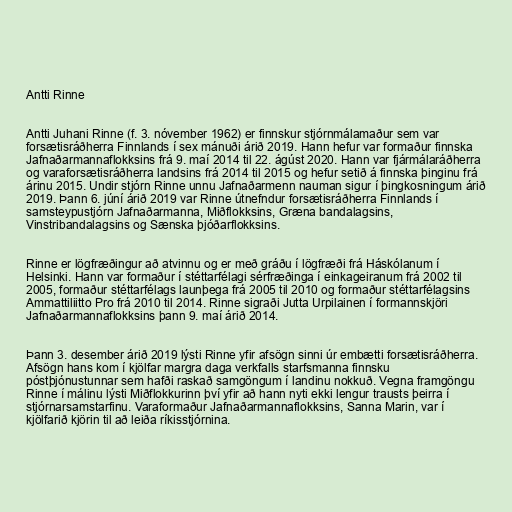
Antti Rinne

Antti Juhani Rinne (f. 3. nóvember 1962) er finnskur stjórnmálamaður sem var
forsætisráðherra Finnlands í sex mánuði árið 2019. Hann hefur var formaður finnska
Jafnaðarmannaflokksins frá 9. maí 2014 til 22. ágúst 2020. Hann var fjármálaráðherra
og varaforsætisráðherra landsins frá 2014 til 2015 og hefur setið á finnska þinginu frá
árinu 2015. Undir stjórn Rinne unnu Jafnaðarmenn nauman sigur í þingkosningum árið
2019. Þann 6. júní árið 2019 var Rinne útnefndur forsætisráðherra Finnlands í
samsteypustjórn Jafnaðarmanna, Miðflokksins, Græna bandalagsins,
Vinstribandalagsins og Sænska þjóðarflokksins.

Rinne er lögfræðingur að atvinnu og er með gráðu í lögfræði frá Háskólanum í
Helsinki. Hann var formaður í stéttarfélagi sérfræðinga í einkageiranum frá 2002 til
2005, formaður stéttarfélags launþega frá 2005 til 2010 og formaður stéttarfélagsins
Ammattiliitto Pro frá 2010 til 2014. Rinne sigraði Jutta Urpilainen í formannskjöri
Jafnaðarmannaflokksins þann 9. maí árið 2014.

Þann 3. desember árið 2019 lýsti Rinne yfir afsögn sinni úr embætti forsætisráðherra.
Afsögn hans kom í kjölfar margra daga verkfalls starfsmanna finnsku
póstþjónustunnar sem hafði raskað samgöngum í landinu nokkuð. Vegna framgöngu
Rinne í málinu lýsti Miðflokkurinn því yfir að hann nyti ekki lengur trausts þeirra í
stjórnarsamstarfinu. Varaformaður Jafnaðarmannaflokksins, Sanna Marin, var í
kjölfarið kjörin til að leiða ríkisstjórnina.